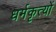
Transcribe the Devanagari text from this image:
धर्मकृत्यों